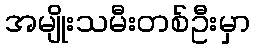
အမျိုးသမီးတစ်ဦးမှာ